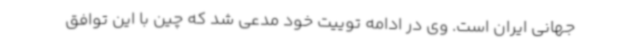
جهانی ایران است. وی در ادامه توییت خود مدعی شد که چین با این توافق